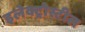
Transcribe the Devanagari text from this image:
इलेक्ट्रोस्टील